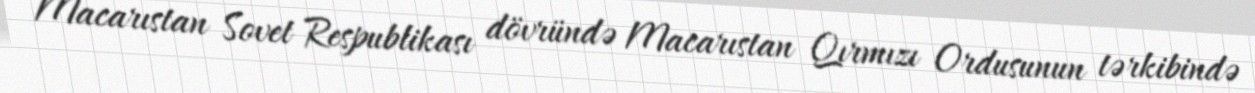
Macarıstan Sovet Respublikası dövründə Macarıstan Qırmızı Ordusunun tərkibində